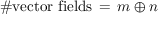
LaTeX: \# \mathrm { v e c t o r ~ f i e l d s } \, = \, m \oplus n